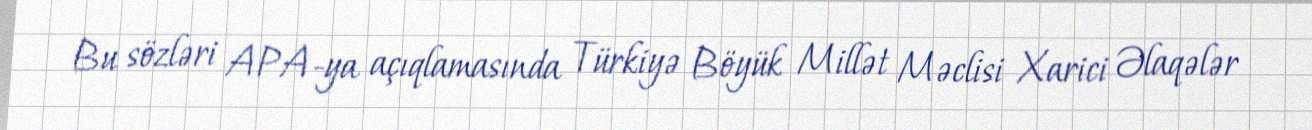
Bu sözləri APA-ya açıqlamasında Türkiyə Böyük Millət Məclisi Xarici Əlaqələr